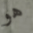
هو